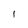
Character: l